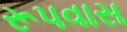
રૂપવાસ